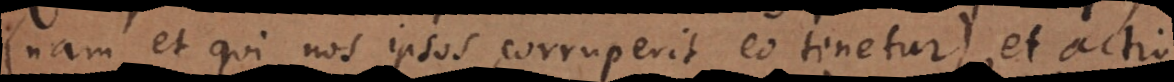
(nam et qui nos ipsos corruperit eo tenetur), et actio